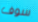
سوف